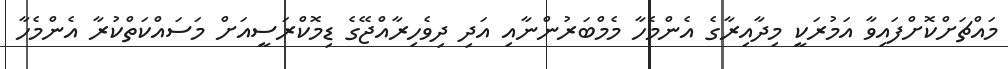
މައްޗަށްކޮށްފައިވާ އަމުރަކީ މިދާއިރާގެ އެންމެހާ މެމްބަރުންނާއި އަދި ދިވެހިރާއްޖޭގެ ޑިމޮކްރަސީއަށް މަސައްކަތްކުރާ އެންމެހާ